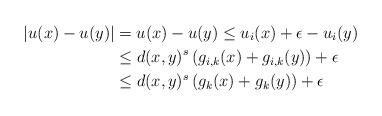
LaTeX: \begin{align*}|u(x)-u(y)| &= u(x)-u(y) \leq u_i(x)+\epsilon-u_i(y) \\&\leq d(x,y)^s \left(g_{i,k}(x)+g_{i,k}(y)\right) + \epsilon \\&\leq d(x,y)^s \left(g_k(x)+g_k(y)\right) + \epsilon\end{align*}